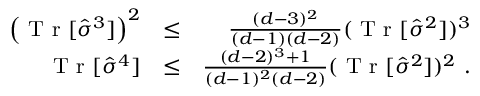
\begin{array} { r l r } { \left( \textrm { T r } [ \hat { \sigma } ^ { 3 } ] \right) ^ { 2 } } & { \leq } & { \frac { ( d - 3 ) ^ { 2 } } { ( d - 1 ) ( d - 2 ) } ( \textrm { T r } [ \hat { \sigma } ^ { 2 } ] ) ^ { 3 } } \\ { \textrm { T r } [ \hat { \sigma } ^ { 4 } ] } & { \leq } & { \frac { ( d - 2 ) ^ { 3 } + 1 } { ( d - 1 ) ^ { 2 } ( d - 2 ) } ( \textrm { T r } [ \hat { \sigma } ^ { 2 } ] ) ^ { 2 } \ . } \end{array}